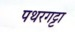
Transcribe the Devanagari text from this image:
पथरगट्टा